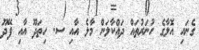
ގެނައި އޮލާގެ ހުނަރުތައް ދައްކާލަން މާލެ އާއި ސ. ހިތަދޫ އާއި ފޭދޫ